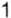
1